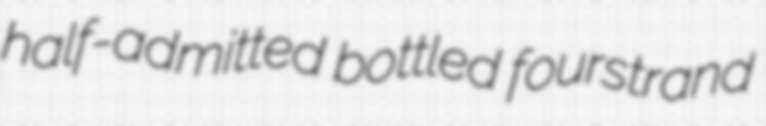
half-admitted bottled fourstrand